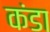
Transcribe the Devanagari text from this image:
कंडा